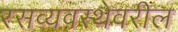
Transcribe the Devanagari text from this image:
रसव्यवस्थेवरील